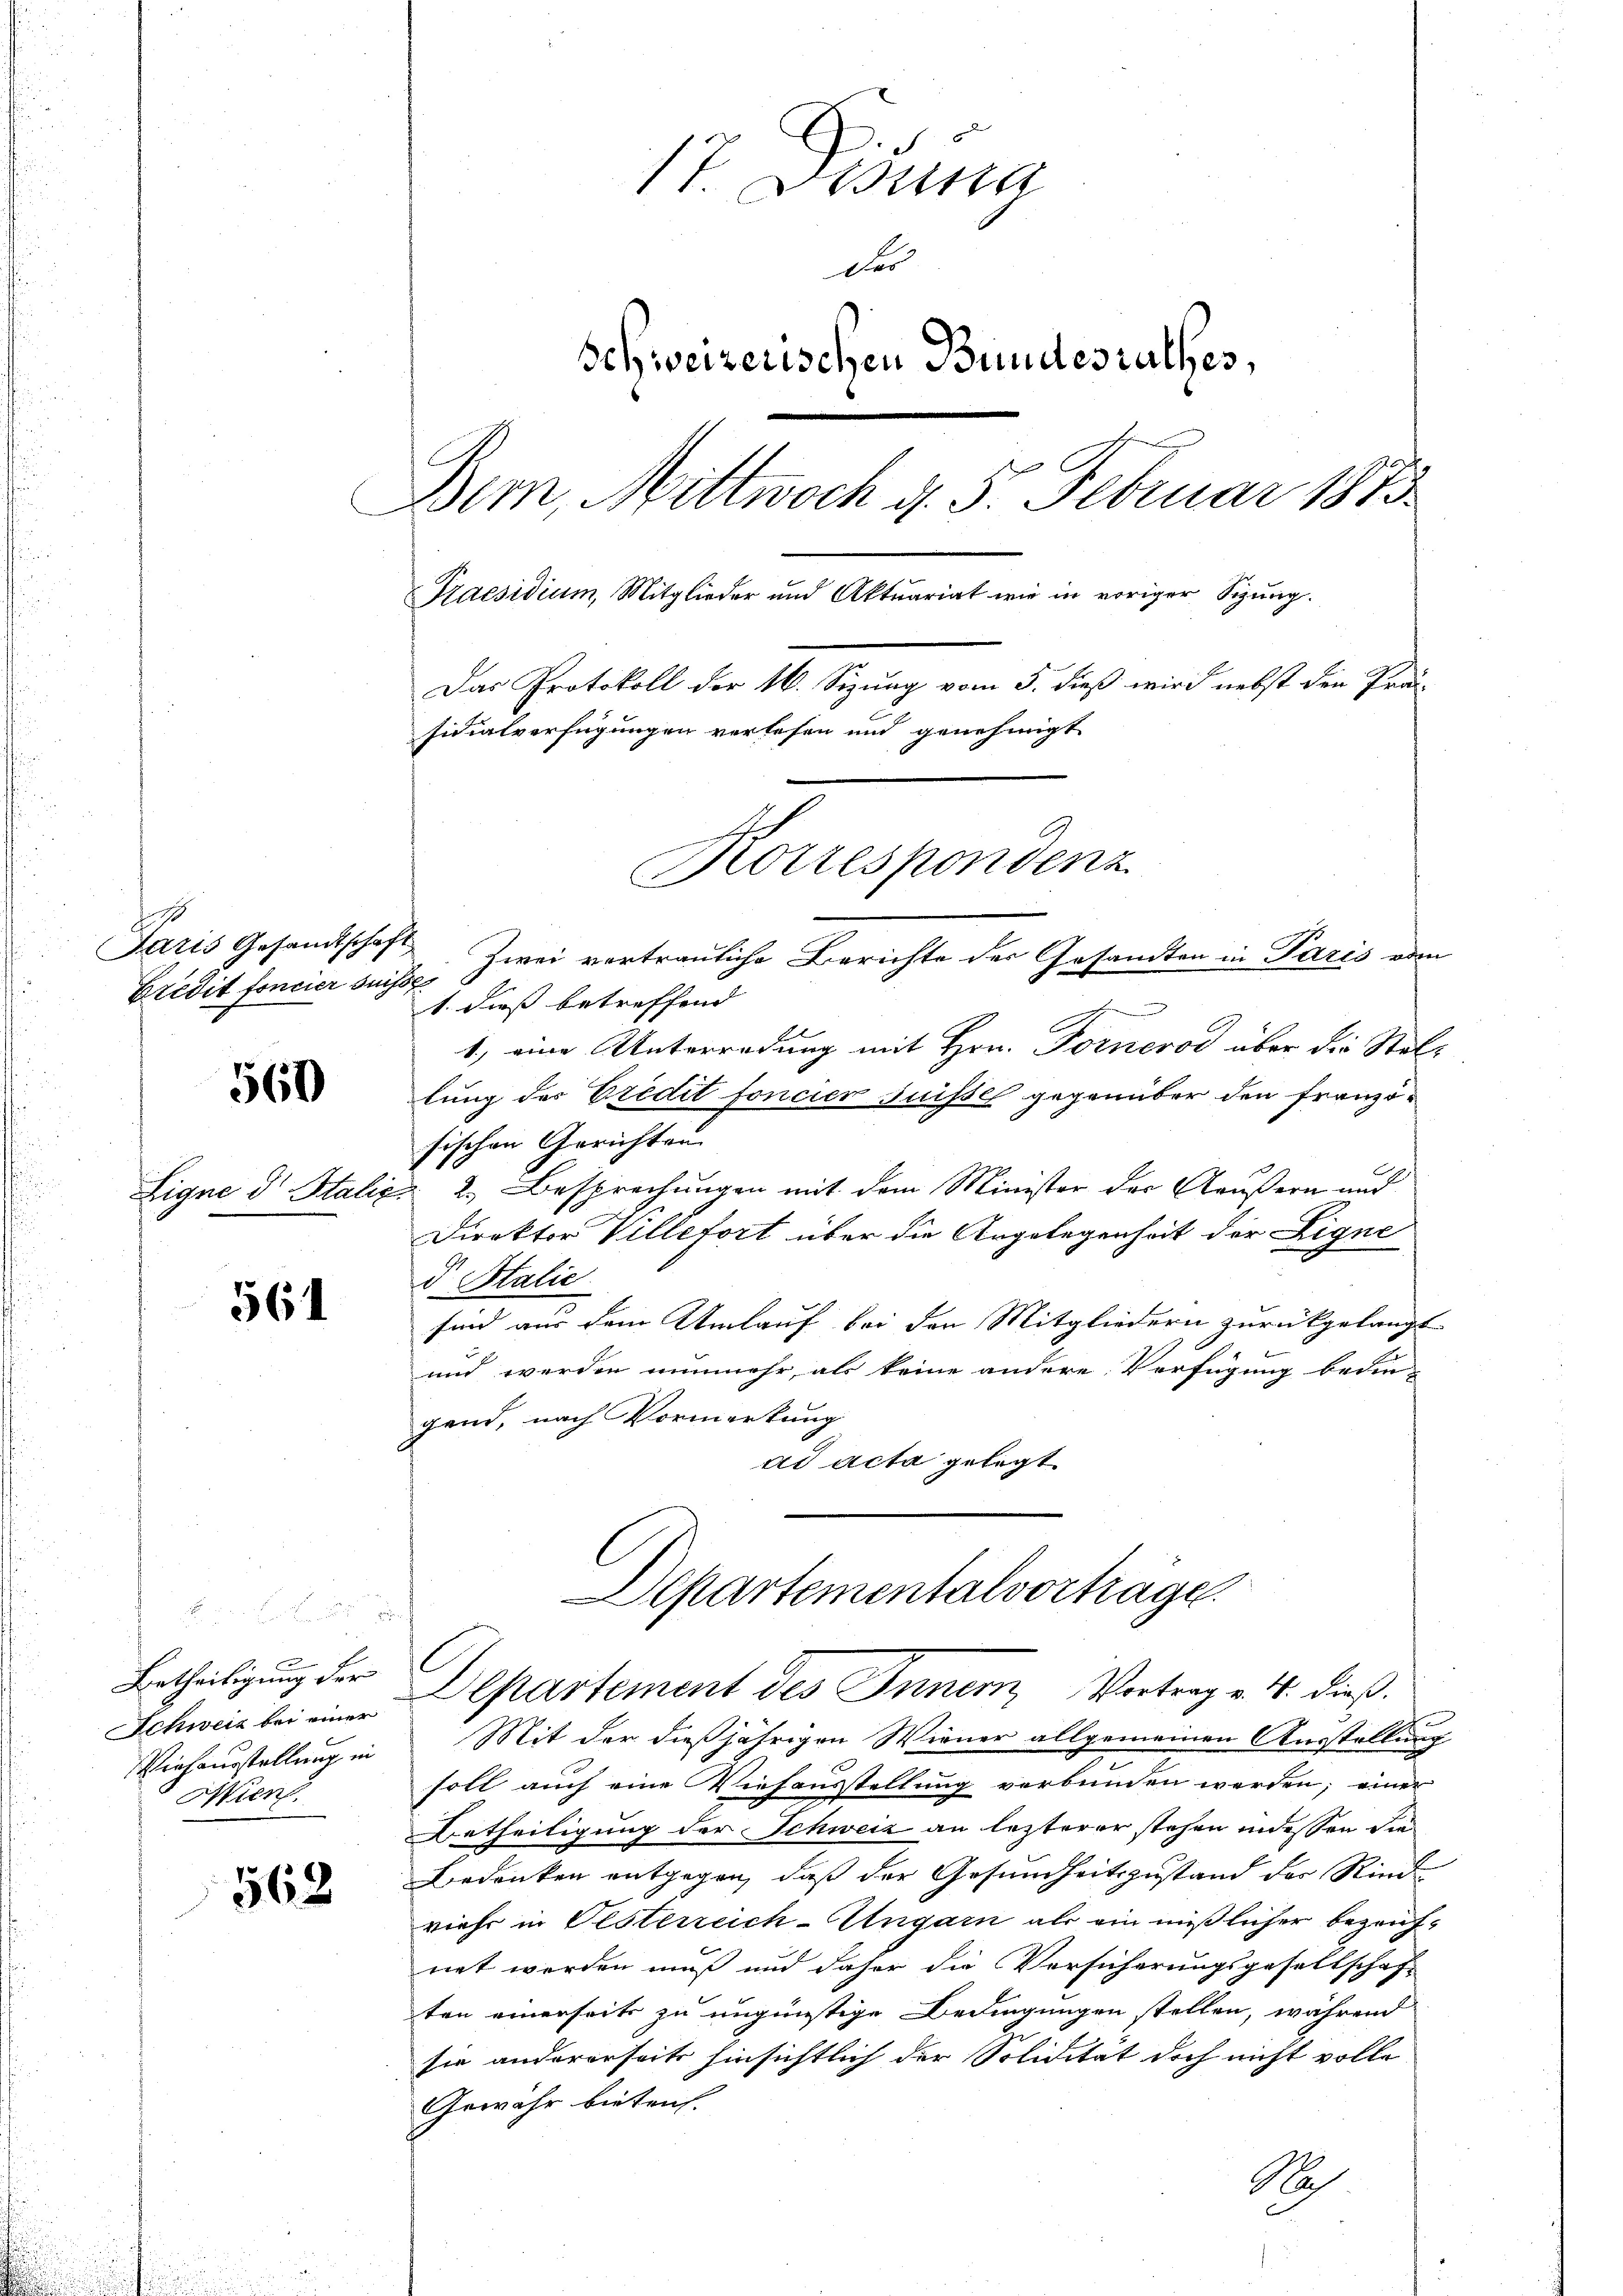
E
Paris Gesandtschaft
Credit foncier suchs

560

561

1
x
Betheiligung der
Schweiz bei einer
Viehausstellung in
Wien.

562

17. Disena
Schweizerischen Bundesrathes,
Bern, Mittwoch d. 5. Februar 187
Praesidium, Mitglieder und Aktuariat wie in voriger Sizung.
Das Protokoll der 16. Sizung vom 5. dieß wird nebst den Prä-
sidialverfügungen verlesen und genehmigt
Korrespondenz

Zwei vertrauliche Berichte der Gesandten in Paris vom
1. dies betreffend |
1) eine Unterredung mit Hrn. Fornerod über die Stolz
lung des Eredit foncier suisse gegenüber den Französischen Gerichten
Signe dr Italicz 2.) Besprechungen mit dem Minister der Aeußern und
Direktor Villefort über die Angelegenheit der Eigne
d Italie
sind aus dem Umlauf bei den Mitgliedern zurückgelangt
und werden nunmehr, als keine andere Verfügung bedin-
gend, nach Vormerkung
ad acta gelegt

Des

Departementalverhäge
Departement des Innern Vortrag v. 4. dieß.

Mit der dießjährigen Wiener allgemeinen Ausstellung
soll auch eine Viehausstellung verbunden werden; einer
Aetheiligung der Schweiz an lezterer stehen in dessen die
Bedenken entgegen, daß der Gesundheitszustand der Rindviehe in Oesterreich-Ungarn als ein mißlicher bezeich-
net worden muß und daher die Versicherungsgesellschaft
ten einerseits zu ungünstige Bedingungen stellen, während
sie andererseits hinsichtlich der Solidität doch nicht volle
Gewähr bieten. |
N